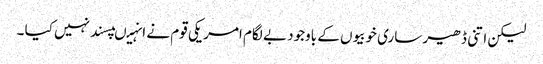
لیکن اتنی ڈھیر ساری خوبیوں کے باوجود بے لگام امریکی قوم نے انہیںپسند نہیں کیا ۔